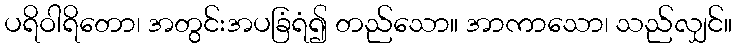
ပရိဝါရိတော၊ အတွင်းအပခြံရံ၍ တည်သော။ အာကာသော၊ သည်လျှင်။